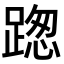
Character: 𨂴